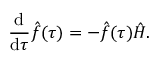
\frac { \mathrm { d } } { \mathrm { d } \tau } \hat { f } ( \tau ) = - \hat { f } ( \tau ) \hat { H } .